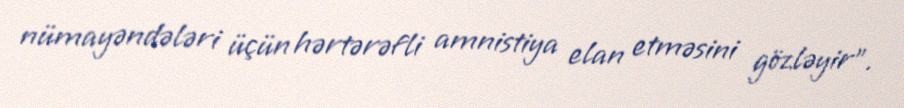
nümayəndələri üçün hərtərəfli amnistiya elan etməsini gözləyir”.